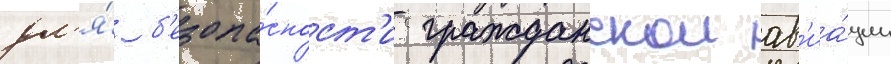
дл'я́ б'езопа́сност'и гражданскои ав'иа́ции